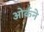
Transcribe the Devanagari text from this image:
ओर्कने